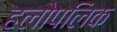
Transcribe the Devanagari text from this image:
हलोपलिक